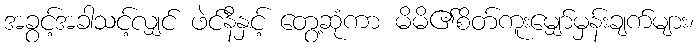
အခွင့်အခါသင့်လျှင် ဖဲင်နီနှင့် တွေ့ဆုံကာ မိမိ၏စိတ်ကူးမျှော်မှန်းချက်များ၊